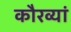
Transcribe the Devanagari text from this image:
कौरव्यां